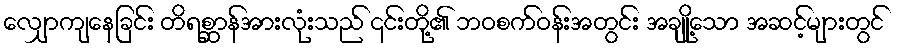
လျှောကျနေခြင်း တိရစ္ဆာန်အားလုံးသည် ၎င်းတို့၏ ဘဝစက်ဝန်းအတွင်း အချို့သော အဆင့်များတွင်